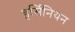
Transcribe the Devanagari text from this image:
हर्सिनियन